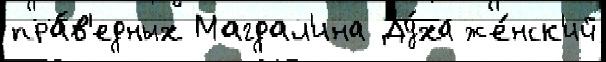
пра́в'едных Магдал'ина Ду́ха же́нск'ий